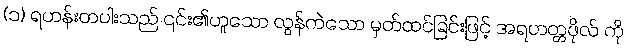
(၁) ရဟန်းတပါးသည် ၎င်း၏ဟူသော လွန်ကဲသော မှတ်ထင်ခြင်းဖြင့် အရဟတ္တဖိုလ် ကို